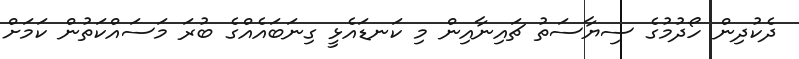
ދެކުދިން ހޯދުމުގެ ސިޔާސަތު ޗައިނާއިން މި ކަނޑައެޅީ ގިނަބައެއްގެ ބުރަ މަސައްކަތުން ކަމަށް